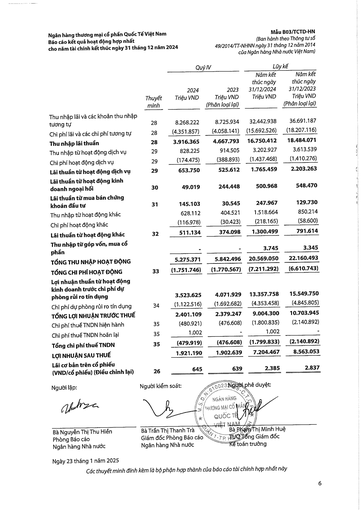
|||Quý|IV|Lũy|kế| |---|---|---|---|---|---| ||Thuyết minh|2024 Triệu VND|2023 Triệu VND (Phân loại lại)|Năm kết thúc ngày 31/12/2024 Triệu VND|Năm kết thúc ngày 31/12/2023 Triệu VND (Phân loại lại)| |Thu nhập lãi và các khoản thu nhập tương tự|28|8.268.222|8.725.934|32.442.938|36.691.187| |Chi phí lãi và các chi phí tương tự|28|(4.351.857)|(4.058.141)|(15.692.526)|(18.207.116)| |Thu nhập lãi thuần|28|3.916.365|4.667.793|16.750.412|18.484.071| |Thu nhập từ hoạt động dịch vụ|29|828.225|914.505|3.202.927|3.613.539| |Chi phí hoạt động dịch vụ|29|(174.475)|(388.893)|(1.437.468)|(1.410.276)| |Lãi thuần từ hoạt động dịch vụ|29|653.750|525.612|1.765.459|2.203.263| |Lãi thuần từ hoạt động kinh doanh ngoại hối|30|49.019|244.448|500.968|548.470| |Lãi thuần từ mua bán chứng khoán đầu tư|31|145.103|30.545|247.967|129.730| |Thu nhập từ hoạt động khác||628.112|404.521|1.518.664|850.214| |Chi phí hoạt động khác||(116.978)|(30.423)|(218.165)|(58.600)| |Lãi thuần từ hoạt động khác|32|511.134|374.098|1.300.499|791.614| |Thu nhập từ góp vốn, mua cổ phần||||3.745|3.345| |TỔNG THU NHẬP HOẠT ĐỘNG||5.275.371|5.842.496|20.569.050|22.160.493| |TỔNG CHI PHÍ HOẠT ĐỘNG|33|(1.751.746)|(1.770.567)|(7.211.292)|(6.610.743)| |Lợi nhuận thuần từ hoạt động kinh doanh trước chi phí dự phòng rủi ro tín dụng||3.523.625|4.071.929|13.357.758|15.549.750| |Chi phí dự phòng rủi ro tín dụng|34|(1.122.516)|(1.692.682)|(4.353.458)|(4.845.805)| |TỔNG LỢI NHUẬN TRƯỚC THUẾ||2.401.109|2.379.247|9.004.300|10.703.945| |Chi phí thuế TNDN hiện hành|35|(480.921)|(476.608)|(1.800.835)|(2.140.892)| |Chi phí thuế TNDN hoãn lại|35|1.002||1.002|| |Tổng chi phí thuế TNDN|35|(479.919)|(476.608)|(1.799.833)|(2.140.892)| |LỢI NHUẬN SAU THUẾ||1.921.190|1.902.639|7.204.467|8.563.053| |Lãi cơ bản trên cổ phiếu (VND/cổ phiếu) (Điều chỉnh lại)|26|645|639|2.385|2.837|